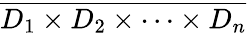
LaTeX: \overline{{D_{1}\times D_{2}\times\cdots\times D_{n}}}